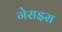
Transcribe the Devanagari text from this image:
गेराइस